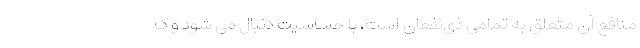
منافع آن متعلق به تمامی ذی‌نفعان است،‌ با حساسیت دنبال می شود و ک